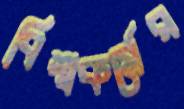
বিশ্বকর্মের